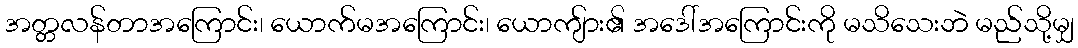
အတ္တလန်တာအကြောင်း၊ ယောက်မအကြောင်း၊ ယောကျ်ား၏ အဒေါ်အကြောင်းကို မသိသေးဘဲ မည်သို့မျှ